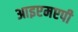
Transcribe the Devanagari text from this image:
आइएमएपी